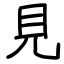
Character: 見